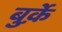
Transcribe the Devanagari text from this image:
बुर्क़े